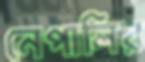
নেপালির